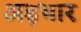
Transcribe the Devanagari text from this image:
अड़भार